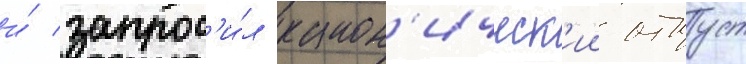
и́ запрос'и́л канон'ическ'ии отпуст